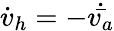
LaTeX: \dot{v}_{h}=-\dot{\bar{v_{a}}}